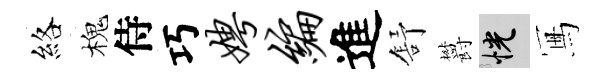
絡槐侍巧娉编進舒欝恍冩